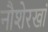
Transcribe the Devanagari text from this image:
नौशेरखां